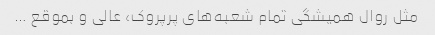
مثل روال همیشگی تمام شعبه‌های پرپروک، عالی و بموقع …